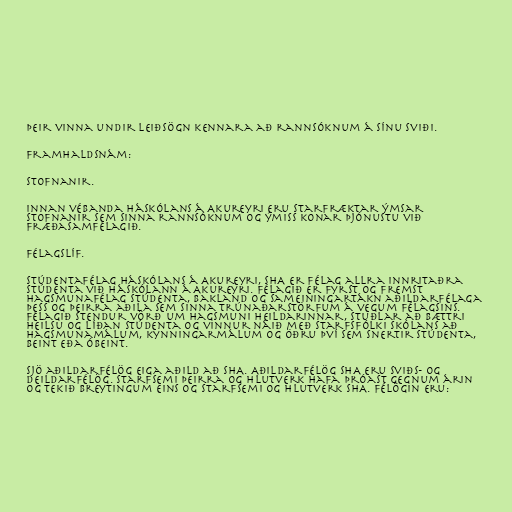
Þeir vinna undir leiðsögn kennara að rannsóknum á sínu sviði.

Framhaldsnám:

Stofnanir.

Innan vébanda Háskólans á Akureyri eru starfræktar ýmsar
stofnanir sem sinna rannsóknum og ýmiss konar þjónustu við
fræðasamfélagið.

Félagslíf.

Stúdentafélag Háskólans á Akureyri, SHA er félag allra innritaðra
stúdenta við Háskólann á Akureyri. Félagið er fyrst og fremst
hagsmunafélag stúdenta, bakland og sameiningartákn aðildarfélaga
þess og þeirra aðila sem sinna trúnaðarstörfum á vegum félagsins.
Félagið stendur vörð um hagsmuni heildarinnar, stuðlar að bættri
heilsu og líðan stúdenta og vinnur náið með starfsfólki skólans að
hagsmunamálum, kynningarmálum og öðru því sem snertir stúdenta,
beint eða óbeint.

Sjö aðildarfélög eiga aðild að SHA. Aðildarfélög SHA eru sviðs- og
deildarfélög. Starfsemi þeirra og hlutverk hafa þróast gegnum árin
og tekið breytingum eins og starfsemi og hlutverk SHA. Félögin eru: